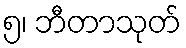
၅၊ ဘီတာသုတ်